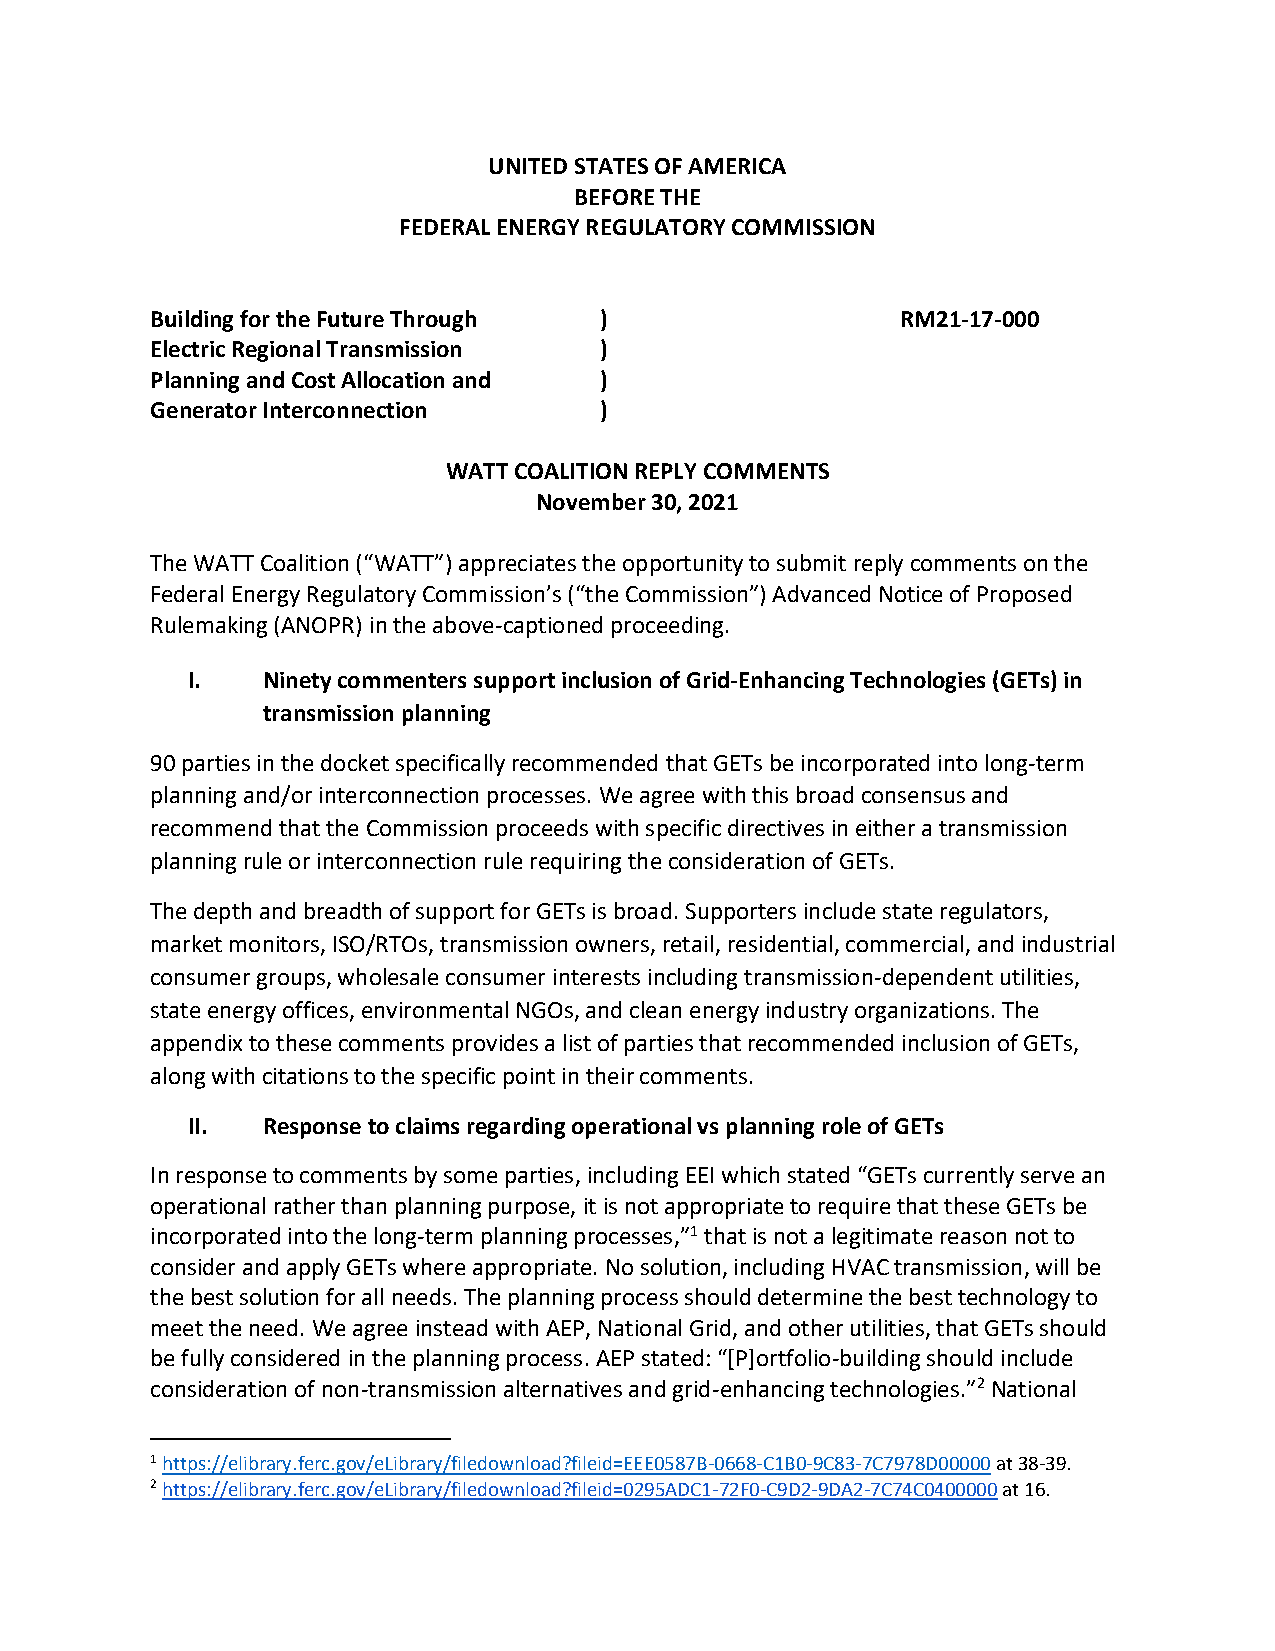
UNITED STATES OF AMERICA
 BEFORE THE
 FEDERAL ENERGY REGULATORY COMMISSION
 Building for the Future Through )                 RM21-17-000
 Electric Regional Transmission )
 Planning and Cost Allocation and )
 Generator Interconnection     )
 WATT COALITION REPLY COMMENTS
 November 30, 2021
 The WATT Coalition (“WATT”) appreciates the opportunity to submit reply comments on the
 Federal Energy Regulatory Commission’s (“the Commission”) Advanced Notice of Proposed
 Rulemaking (ANOPR) in the above-captioned proceeding.
 I.   Ninety commenters support inclusion of Grid-Enhancing Technologies (GETs) in
 transmission planning
 90 parties in the docket specifically recommended that GETs be incorporated into long-term
 planning and/or interconnection processes. We agree with this broad consensus and
 recommend that the Commission proceeds with specific directives in either a transmission
 planning rule or interconnection rule requiring the consideration of GETs.
 The depth and breadth of support for GETs is broad. Supporters include state regulators,
 market monitors, ISO/RTOs, transmission owners, retail, residential, commercial, and industrial
 consumer groups, wholesale consumer interests including transmission-dependent utilities,
 state energy offices, environmental NGOs, and clean energy industry organizations. The
 appendix to these comments provides a list of parties that recommended inclusion of GETs,
 along with citations to the specific point in their comments.
 II.  Response to claims regarding operational vs planning role of GETs
 In response to comments by some parties, including EEI which stated “GETs currently serve an
 operational rather than planning purpose, it is not appropriate to require that these GETs be
 incorporated into the long-term planning processes,”1 that is not a legitimate reason not to
 consider and apply GETs where appropriate. No solution, including HVAC transmission, will be
 the best solution for all needs. The planning process should determine the best technology to
 meet the need. We agree instead with AEP, National Grid, and other utilities, that GETs should
 be fully considered in the planning process. AEP stated: “[P]ortfolio-building should include
 consideration of non-transmission alternatives and grid-enhancing technologies.”2 National
 1 https://elibrary.ferc.gov/eLibrary/filedownload?fileid=EEE0587B-0668-C1B0-9C83-7C7978D00000 at 38-39.
 2 https://elibrary.ferc.gov/eLibrary/filedownload?fileid=0295ADC1-72F0-C9D2-9DA2-7C74C0400000 at 16.